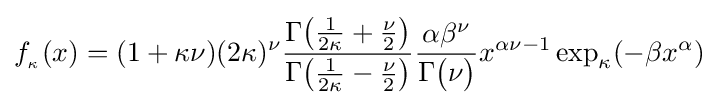
f_{_{\kappa }}(x)=(1+\kappa \nu )(2\kappa )^{\nu }{\frac {\Gamma {\big (}{\frac {1}{2\kappa }}+{\frac {\nu }{2}}{\big )}}{\Gamma {\big (}{\frac {1}{2\kappa }}-{\frac {\nu }{2}}{\big )}}}{\frac {\alpha \beta ^{\nu }}{\Gamma {\big (}\nu {\big )}}}x^{\alpha \nu -1}\exp _{\kappa }(-\beta x^{\alpha })